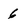
Character: 6